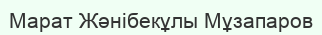
Марат Жәнібекұлы Мұзапаров